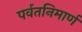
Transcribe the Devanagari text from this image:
पर्वतनिमार्ण